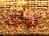
تؤدى